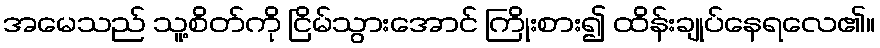
အမေသည် သူ့စိတ်ကို ငြိမ်သွားအောင် ကြိုးစား၍ ထိန်းချုပ်နေရလေ၏။